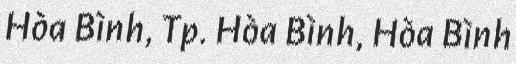
Hòa Bình, Tp. Hòa Bình, Hòa Bình